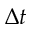
\Delta t